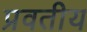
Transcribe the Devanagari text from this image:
प्रवतीय